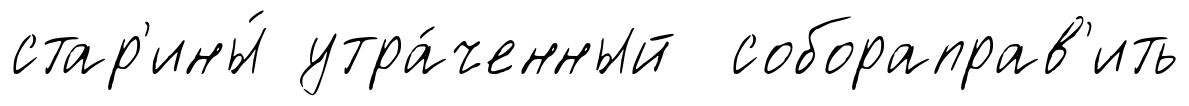
стар'ины́ утра́ченный собораправ'ить